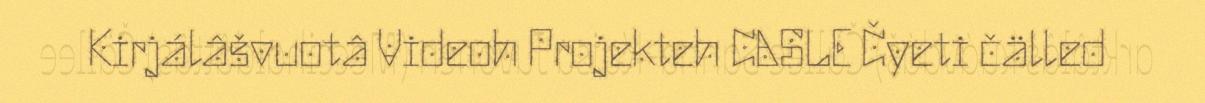
Kirjálâšvuotâ Videoh Projekteh CASLE Čyeti čälled